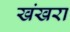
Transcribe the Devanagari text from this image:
खंखरा